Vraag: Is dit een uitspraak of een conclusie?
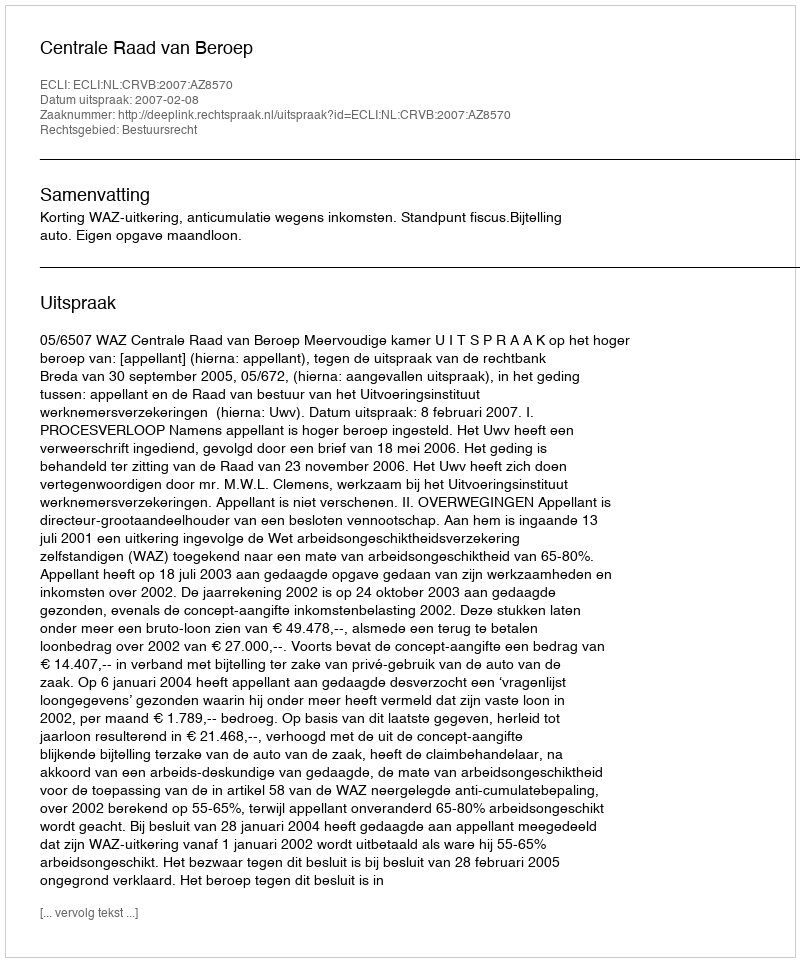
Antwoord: Uitspraak